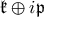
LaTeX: { \mathfrak { k } } \oplus i { \mathfrak { p } }